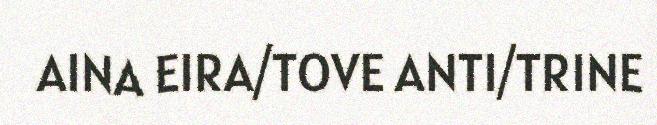
AINA EIRA/TOVE ANTI/TRINE